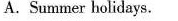
A. Summer holidays.